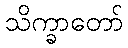
သိက္ခာတော်